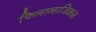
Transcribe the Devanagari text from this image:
फि़लालाजिकल